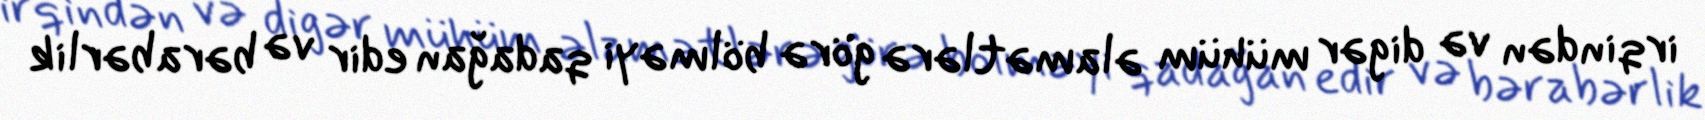
irqindən və digər mühüm əlamətlərə görə bölməyi qadağan edir və bərabərlik